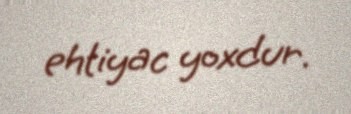
ehtiyac yoxdur.